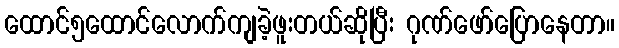
ထောင်၅ထောင်လောက်ကျခဲ့ဖူးတယ်ဆိုပြီး ဂုဏ်ဖော်ပြောနေတာ။